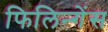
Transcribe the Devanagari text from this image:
फिलिन्गेंस